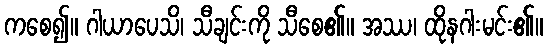
ကစေ၍။ ဂါယာပေသိ၊ သီချင်းကို သီစေ၏။ အဿ၊ ထိုနဂါးမင်း၏။